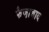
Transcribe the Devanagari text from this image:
फैजा़बाद